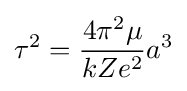
\tau ^{2}={4\pi ^{2}\mu  \over kZe^{2}}a^{3}